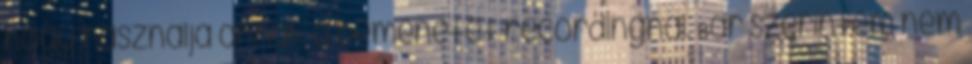
hogy használja annak a bemenetét recordingnál. Bár szerintem nem